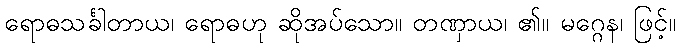
ရောဓသင်္ခါတာယ၊ ရောဓဟု ဆိုအပ်သော။ တဏှာယ၊ ၏။ မဂ္ဂေန၊ ဖြင့်။